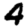
Digit: 4